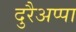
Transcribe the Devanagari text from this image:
दुरैअप्पा